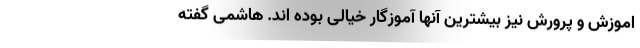
اموزش و پرورش نیز بیشترین آنها آموزگار خیالی بوده اند. هاشمی گفته